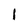
Character: I